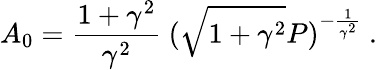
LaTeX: A_{0}=\frac{1+\gamma^{2}}{\gamma^{2}}\ (\sqrt{1+\gamma^{2}}P)^{-\frac{1}{\gamma^{2}}}\ .